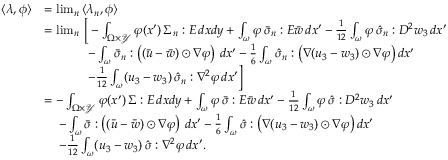
\begin{array} { r l } { \langle \lambda , \phi \rangle } & { = \operatorname* { l i m } _ { n } \, \langle \lambda _ { n } , \phi \rangle } \\ & { = \operatorname* { l i m } _ { n } \, \Big [ - \int _ { \Omega \times \mathcal { Y } } \varphi ( x ^ { \prime } ) \, \Sigma _ { n } : E \, d x d y + \int _ { \omega } \varphi \, \bar { \sigma } _ { n } : E \bar { w } \, d x ^ { \prime } - \frac { 1 } { 1 2 } \int _ { \omega } \varphi \, \hat { \sigma } _ { n } : D ^ { 2 } w _ { 3 } \, d x ^ { \prime } } \\ & { \, \quad \, \quad \, \quad - \int _ { \omega } \bar { \sigma } _ { n } : \left( ( \bar { u } - \bar { w } ) \odot \nabla \varphi \right) \, d x ^ { \prime } - \frac { 1 } { 6 } \int _ { \omega } \hat { \sigma } _ { n } : \big ( \nabla ( u _ { 3 } - w _ { 3 } ) \odot \nabla \varphi \big ) \, d x ^ { \prime } } \\ & { \, \quad \, \quad \, \quad - \frac { 1 } { 1 2 } \int _ { \omega } ( u _ { 3 } - w _ { 3 } ) \, \hat { \sigma } _ { n } : \nabla ^ { 2 } \varphi \, d x ^ { \prime } \Big ] } \\ & { = - \int _ { \Omega \times \mathcal { Y } } \varphi ( x ^ { \prime } ) \, \Sigma : E \, d x d y + \int _ { \omega } \varphi \, \bar { \sigma } : E \bar { w } \, d x ^ { \prime } - \frac { 1 } { 1 2 } \int _ { \omega } \varphi \, \hat { \sigma } : D ^ { 2 } w _ { 3 } \, d x ^ { \prime } } \\ & { \, \quad - \int _ { \omega } \bar { \sigma } : \left( ( \bar { u } - \bar { w } ) \odot \nabla \varphi \right) \, d x ^ { \prime } - \frac { 1 } { 6 } \int _ { \omega } \hat { \sigma } : \big ( \nabla ( u _ { 3 } - w _ { 3 } ) \odot \nabla \varphi \big ) \, d x ^ { \prime } } \\ & { \, \quad - \frac { 1 } { 1 2 } \int _ { \omega } ( u _ { 3 } - w _ { 3 } ) \, \hat { \sigma } : \nabla ^ { 2 } \varphi \, d x ^ { \prime } . } \end{array}